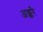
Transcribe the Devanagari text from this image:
अक्करै